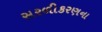
સરળીકરણના